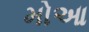
મોઆ